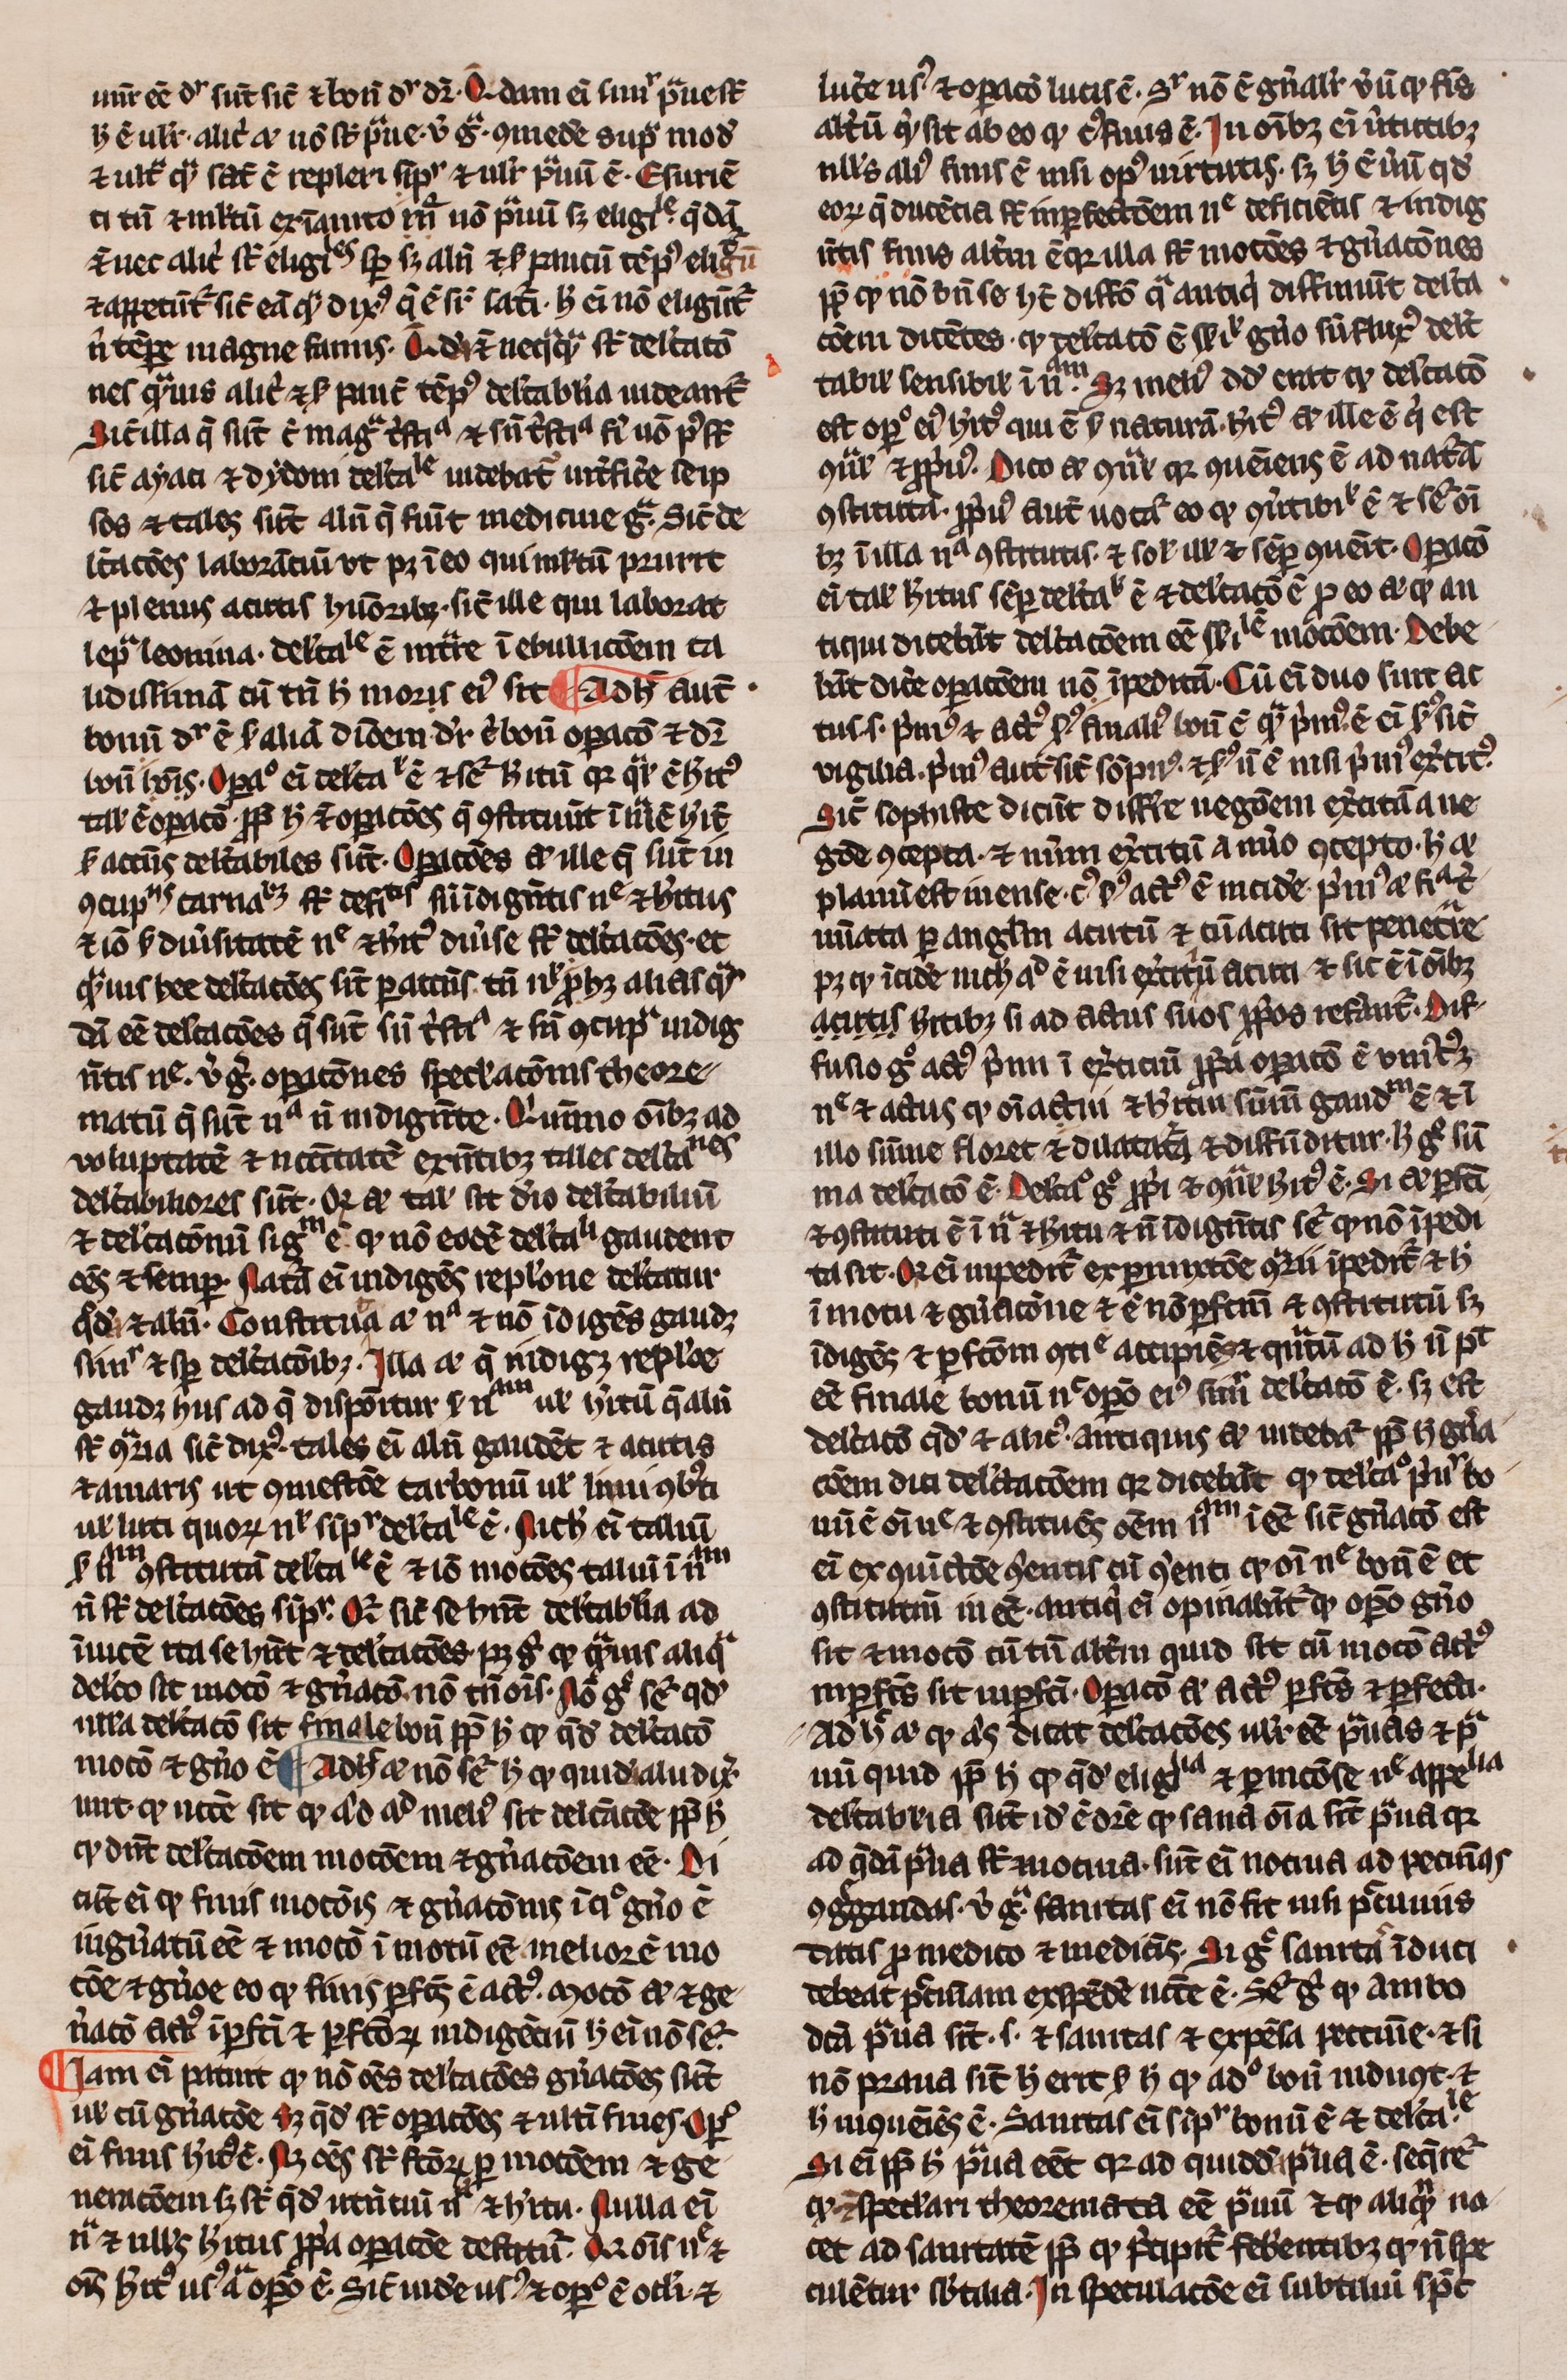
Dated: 1300–1399